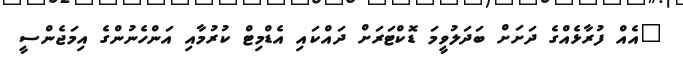
"އެއް ފުރާޅެއްގެ ދަށަށް ބަދަލުވީމަ ޑޮކްޓަރަށް ދައްކައި އެޑްމިޓް ކުރުމާއި އަންހެނުންގެ އިމަޖެންސީ